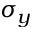
\sigma _ { y }